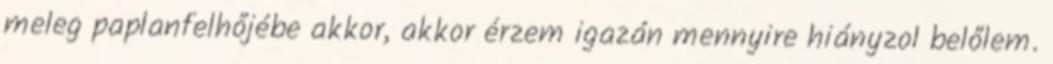
meleg paplanfelhőjébe akkor, akkor érzem igazán mennyire hiányzol belőlem.